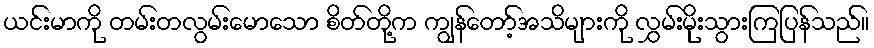
ယင်းမာကို တမ်းတလွမ်းမောသော စိတ်တို့က ကျွန်တော့်အသိများကို လွှမ်းမိုးသွားကြပြန်သည်။